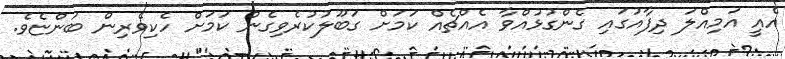
އެއީ އަމިއްލަ ދިފާއުގައި ގެންގުޅުއްވާ އެއްޗެއް ކަމަށް ގަބޫލުކުރެވިގެން ކަމަށް ހެކިވެރިން ބުންޏެވެ.